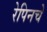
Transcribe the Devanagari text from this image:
रेपिनचे